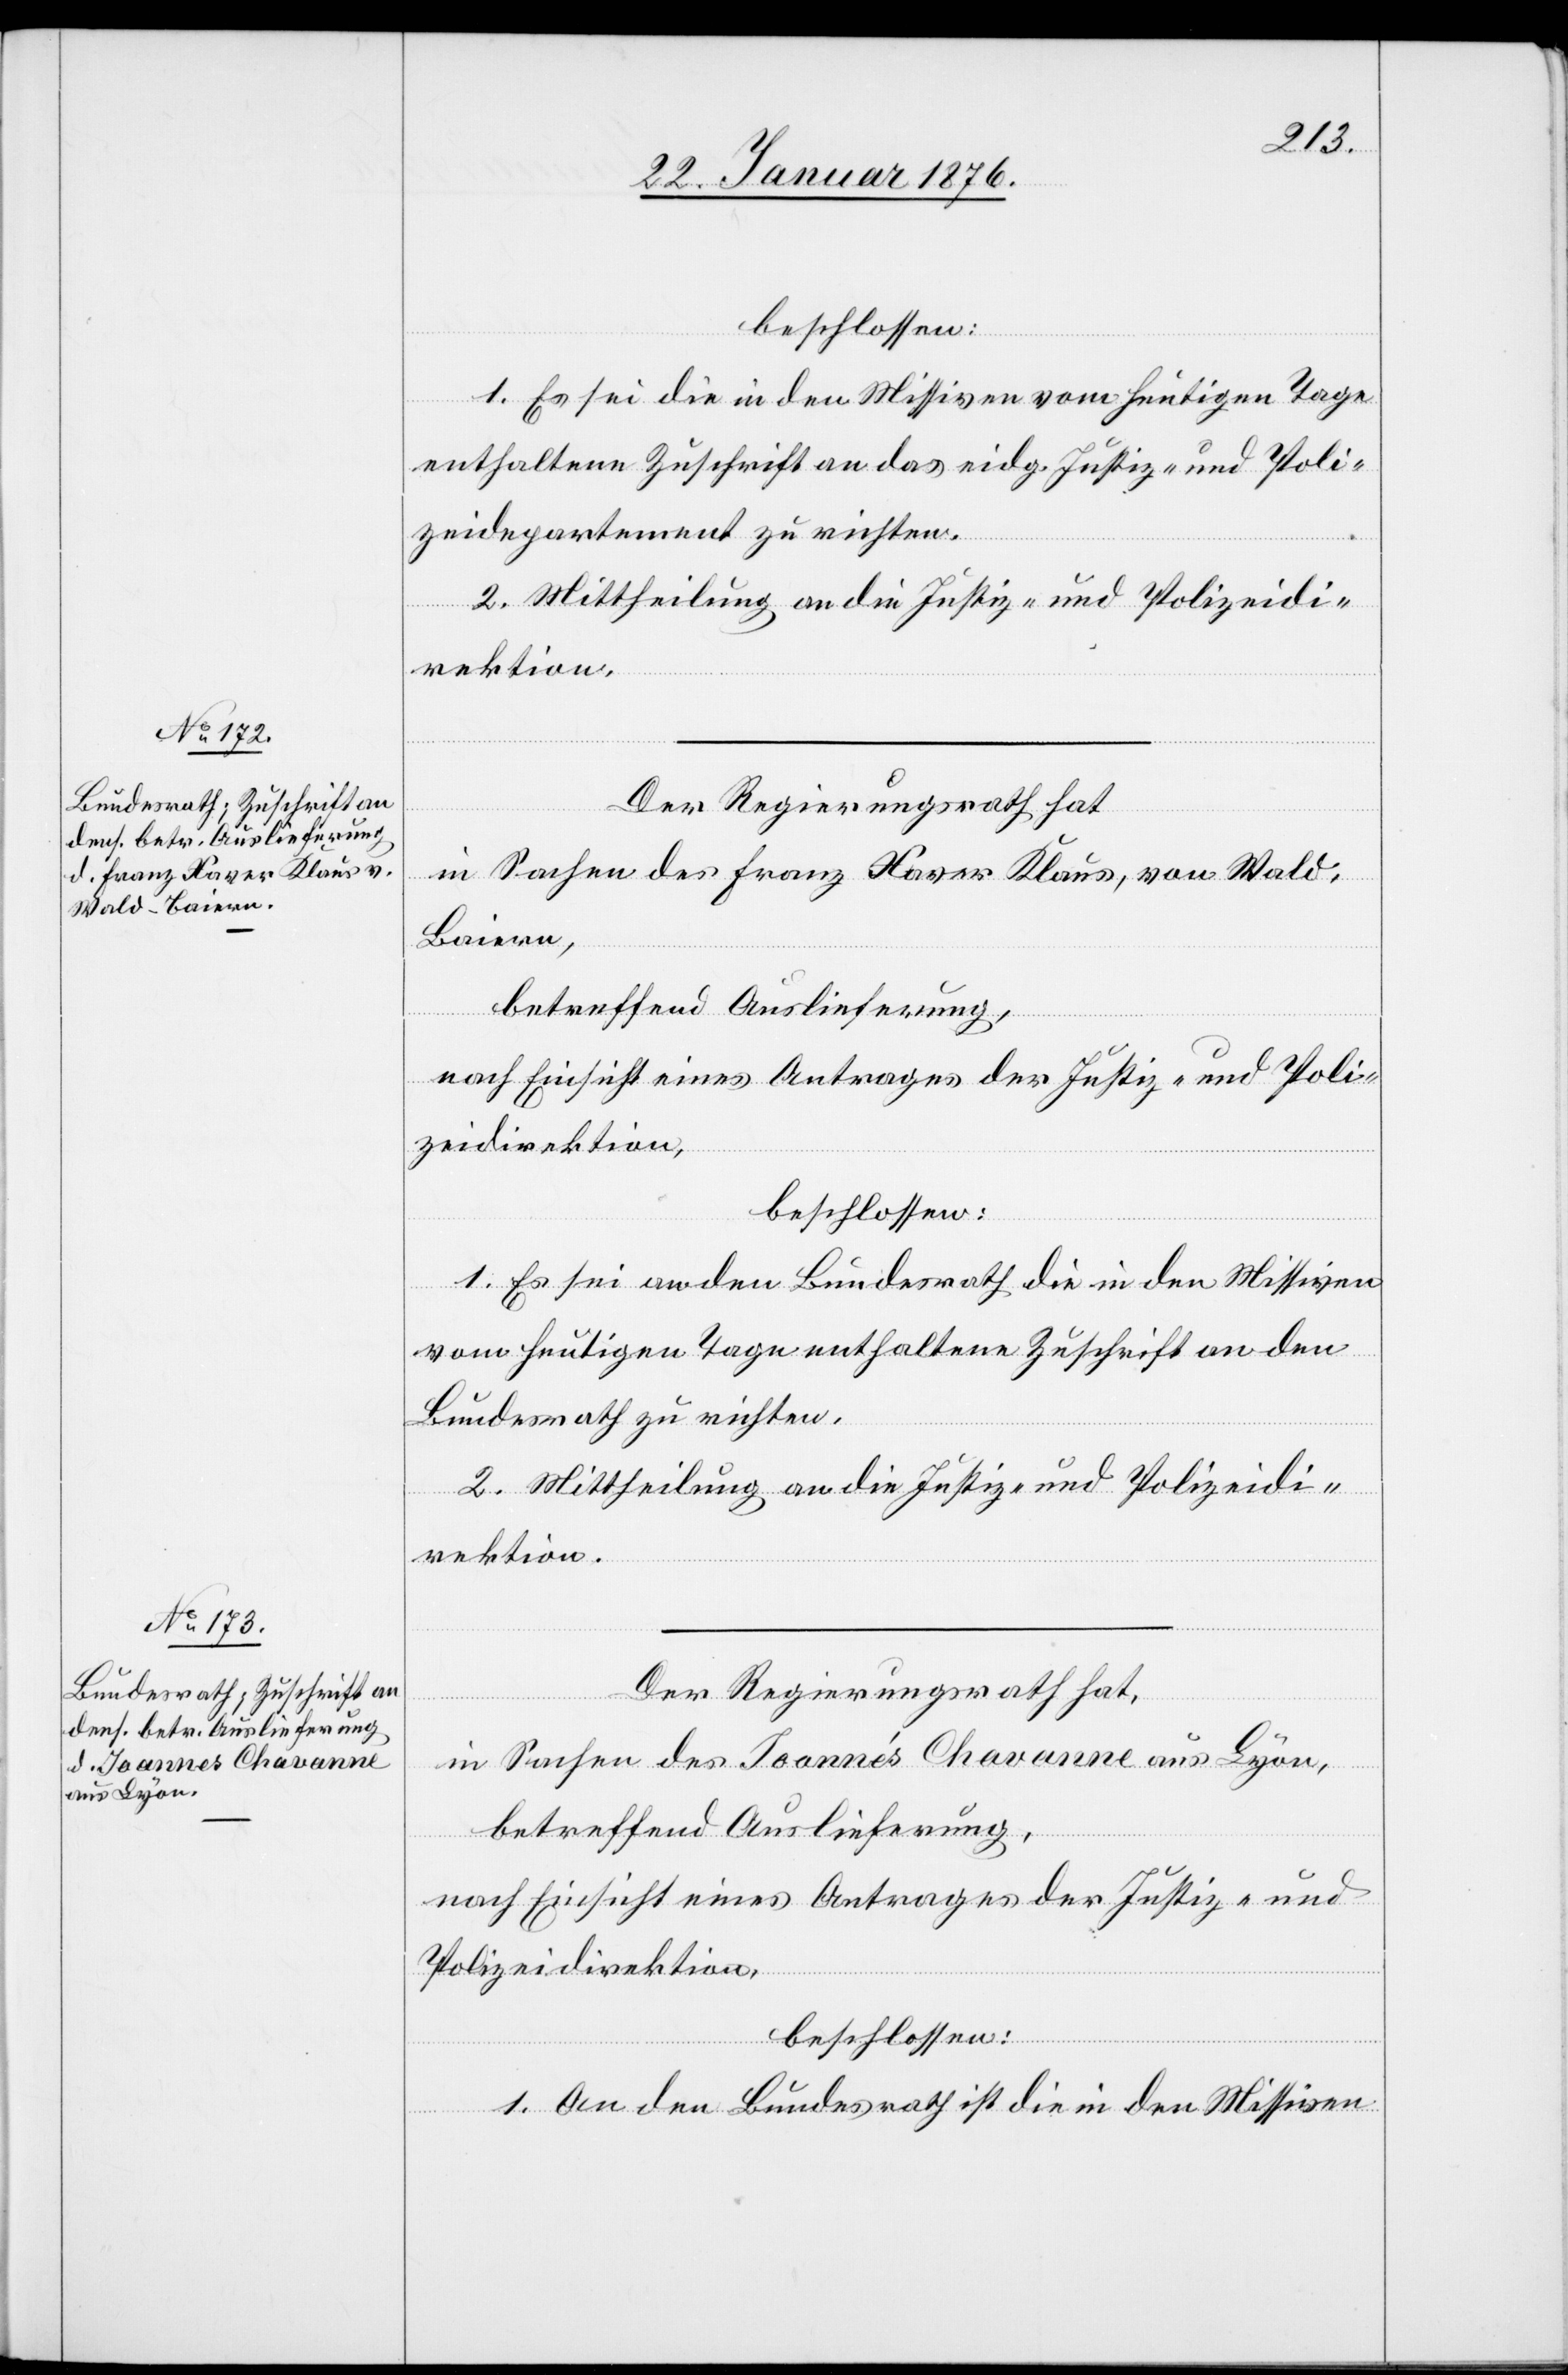
beschlossen:
1. Es sei die in den Missiven vom heutigen Tage
enthaltene Zuschrift an das eidg. Justiz- und Poli¬
zeidepartement zu richten.
2. Mittheilung an die Justiz- und Polizeidi¬
rektion.
Der Regierungsrath hat
in Sachen des Franz Xaver Klaus, von Wald,
Baiern,
betreffend Auslieferung,
nach Einsicht eines Antrages der Justiz- und Poli¬
zeidirektion,
beschlossen:
1. Es sei an den Bundesrath die in den Missiven
vom heutigen Tage enthaltene Zuschrift an den
Bundesrath zu richten.
2. Mittheilung an die Justiz- und Polizeidi¬
rektion.
Der Regierungsrath hat,
in Sachen des Joannés [sic!] Chavanne aus Lyon,
nach Einsicht eines Antrages der Justiz- u.
Polizeidirektion,
beschlossen:
1. An den Bundesrath ist die in den Missiven